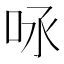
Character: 𠰿